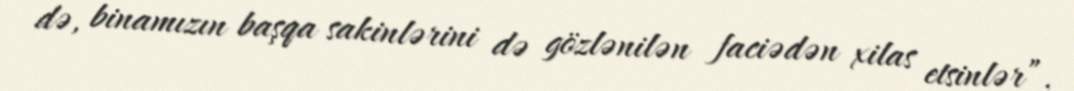
də, binamızın başqa sakinlərini də gözlənilən faciədən xilas etsinlər”.